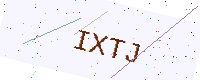
Text: IXTJ